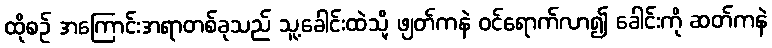
ထိုစဉ် အကြောင်းအရာတစ်ခုသည် သူ့ခေါင်းထဲသို့ ဖျတ်ကနဲ ဝင်ရောက်လာ၍ ခေါင်းကို ဆတ်ကနဲ